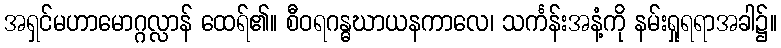
အရှင်မဟာမောဂ္ဂလ္လာန် ထေရ်၏။ စီဝရဂန္ဓဃာယနကာလေ၊ သင်္ကန်းအနံ့ကို နမ်းရှုရရာအခါ၌။